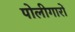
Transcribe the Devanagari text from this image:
पोलीगारों